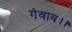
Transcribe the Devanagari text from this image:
गंवाय।।